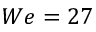
W e = 2 7